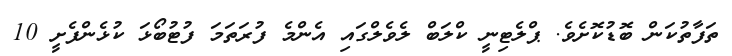
ތަފާތުކަން ބޮޑުކޮށެވެ. ޕްލެޓިނީ ކްލަބް ލެވެލްގައި އެންމެ ފުރަތަމަ ފުޓުބޯޅަ ކުޅެންފެށީ 10